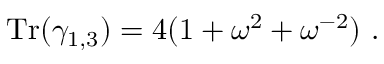
{ \mathrm { T r } } ( \gamma _ { 1 , 3 } ) = 4 ( 1 + \omega ^ { 2 } + \omega ^ { - 2 } ) ~ .